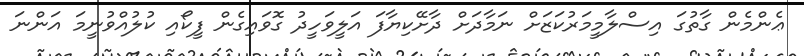
ޢެންމެން ގާތުގަ އިސްލާމީމަރުކަޒަށް ނަމާދަށް ދާށޭކިޔާފަ އަލީވަހީދު ގޮވައިގެން ފީކޯއި ކުލުއްވުނީމަ އަންނަ